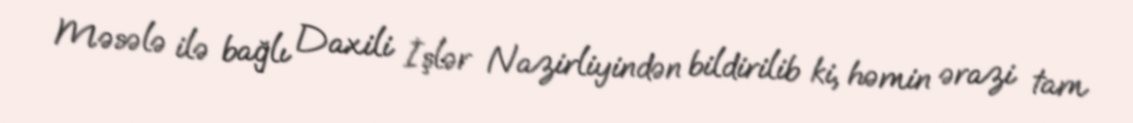
Məsələ ilə bağlı Daxili İşlər Nazirliyindən bildirilib ki, həmin ərazi tam